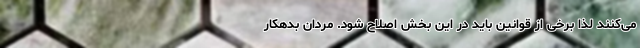
می‌کنند لذا برخی از قوانین باید در این بخش اصلاح شود. مردان بدهکار